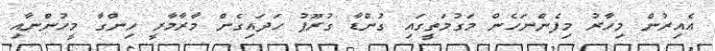
އެއިރުން މިހާރު މިފެންނަހެން މަގުމަތީގައި ގުންޑާ ގުރޫޕު ހަދައިގެން މާރާމާރީ ހިންގާ މީހުންނާއި